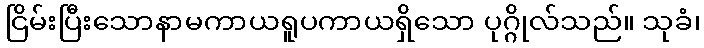
ငြိမ်းပြီးသောနာမကာယရူပကာယရှိသော ပုဂ္ဂိုလ်သည်။ သုခံ၊